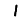
Digit: 1